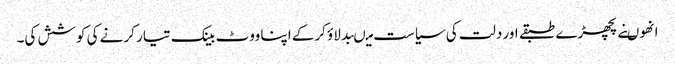
انھوںنے پچھڑے طبقے اور دلت کی سیاست میںبدلاؤ کرکے اپنا ووٹ بینک تیار کرنے کی کوشش کی۔